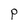
Character: P